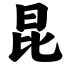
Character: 昆